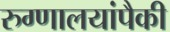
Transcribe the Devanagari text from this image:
रुग्णालयांपैकी